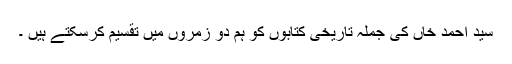
سید احمد خاں کی جملہ تاریخی کتابوں کو ہم دو زمروں میں تقسیم کرسکتے ہیں ۔